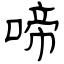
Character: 啼